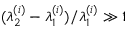
( \lambda _ { 2 } ^ { ( i ) } - \lambda _ { 1 } ^ { ( i ) } ) / \lambda _ { 1 } ^ { ( i ) } \gg 1